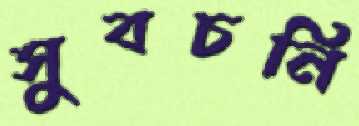
সুবচনি